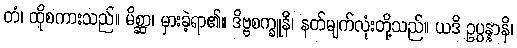
တံ၊ ထိုစကားသည်။ မိစ္ဆာ၊ မှားခဲ့ရာ၏။ ဒိဗ္ဗစက္ခူနိ၊ နတ်မျက်လုံးတို့သည်။ ယဒိ ဥပ္ပန္နာနိ၊